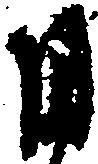
周